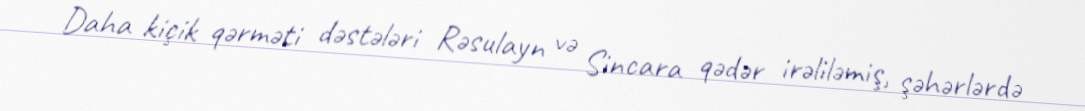
Daha kiçik qərməti dəstələri Rəsulayn və Sincara qədər irəliləmiş, şəhərlərdə